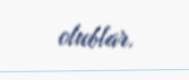
olublar.